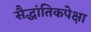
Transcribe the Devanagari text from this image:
सैद्धांतिकपेक्षा